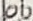
Text: 100